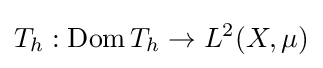
T_{h}:\operatorname {Dom} T_{h}\to L^{2}(X,\mu )